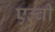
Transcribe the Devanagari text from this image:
एल्बी